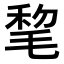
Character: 𣮋